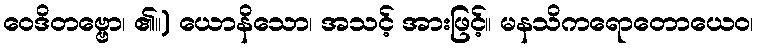
ဝေဒိတဗ္ဗော၊ ၏။) ယောနိသော၊ အသင့် အားဖြင့်။ မနသိကရောတောယေဝ၊